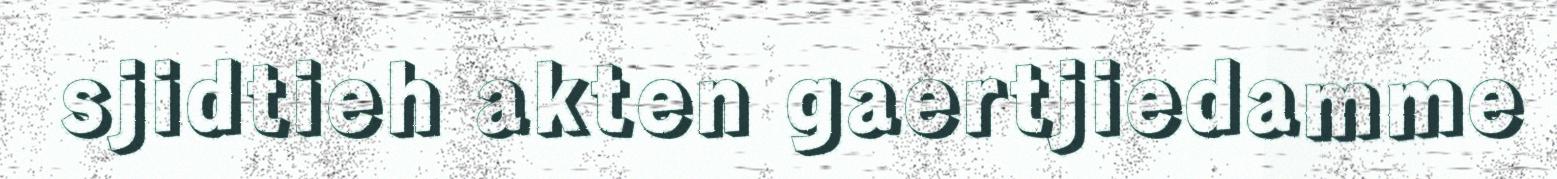
sjidtieh akten gaertjiedamme